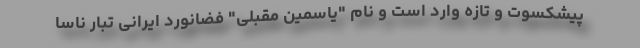
پیشکسوت و تازه وارد است و نام "یاسمین مقبلی" فضانورد ایرانی تبار ناسا